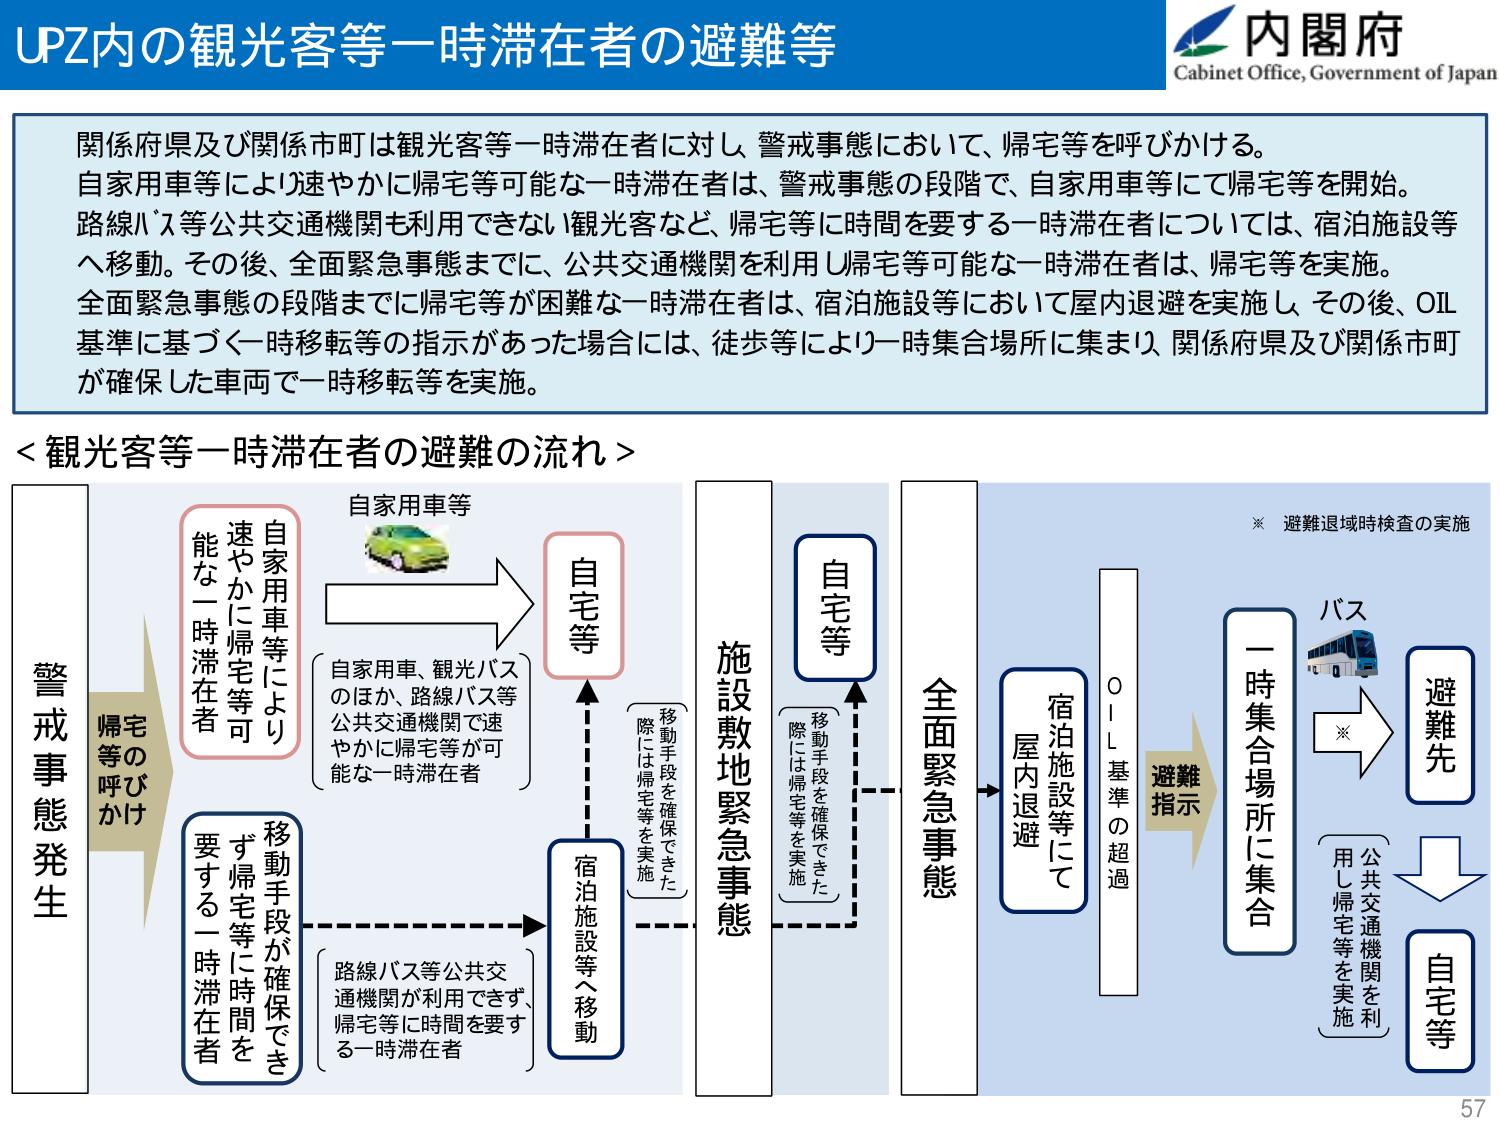
UPZ内の観光客等一時滞在者の避難等
内閣府
Cabinet Office, Government of Japan

関係府県及び関係市町は観光客等一時滞在者に対し、警戒事態において、帰宅等を呼びかける。
自家用車等により速やかに帰宅等可能な一時滞在者は、警戒事態の段階で、自家用車等にて帰宅等を開始。
路線バス等公共交通機関も利用できない観光客など、帰宅等に時間を要する一時滞在者については、宿泊施設等へ移動。その後、全面緊急事態までに、公共交通機関を利用し帰宅等可能な一時滞在者は、帰宅等を実施。
全面緊急事態の段階までに帰宅等が困難な一時滞在者は、宿泊施設等において屋内退避を実施し、その後、OIL基準に基づく一時移転等の指示があった場合には、徒歩等により一時集合場所に集まり、関係府県及び関係市町が確保した車両で一時移転等を実施。

＜観光客等一時滞在者の避難の流れ＞

警戒事態発生
帰宅等の呼びかけ

自家用車等により
速やかに帰宅等可能な一時滞在者
（自家用車、観光バスのほか、路線バス等公共交通機関で速やかに帰宅等が可能な一時滞在者）
→ 自家用車等 → 自宅等

移動手段が確保できず帰宅等に時間を要する一時滞在者
（路線バス等公共交通機関が利用できず、帰宅等に時間を要する一時滞在者）
→ 宿泊施設等へ移動

施設敷地緊急事態
（移動手段を確保できた際には帰宅等を実施）
→ 自宅等

全面緊急事態
→ 宿泊施設等にて屋内退避

OIL基準の超過
避難指示
→ 一時集合場所に集合
（公共交通機関を用し帰宅等を実施）
→ バス → 避難先 → 自宅等

※ 避難退域時検査の実施

57